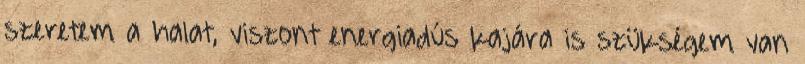
szeretem a halat, viszont energiadús kajára is szükségem van